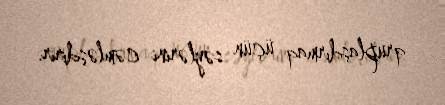
qruplaşdırmaq üçün səylərini cəmləşdirir.